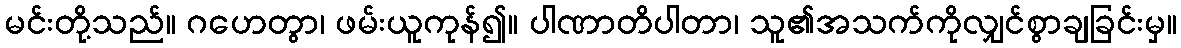
မင်းတို့သည်။ ဂဟေတွာ၊ ဖမ်းယူကုန်၍။ ပါဏာတိပါတာ၊ သူ၏အသက်ကိုလျှင်စွာချခြင်းမှ။